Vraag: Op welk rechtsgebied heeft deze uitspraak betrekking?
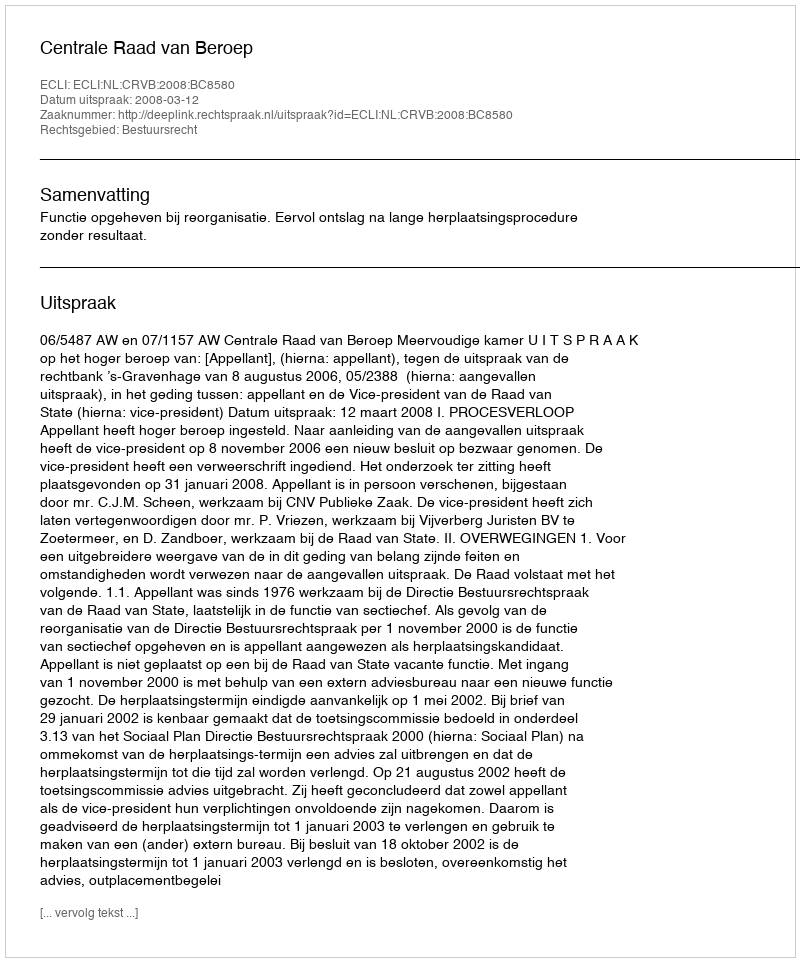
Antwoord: Bestuursrecht